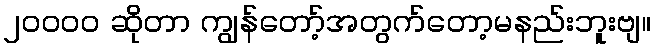
၂၀၀၀၀ ဆိုတာ ကျွန်တော့်အတွက်တော့မနည်းဘူးဗျ။